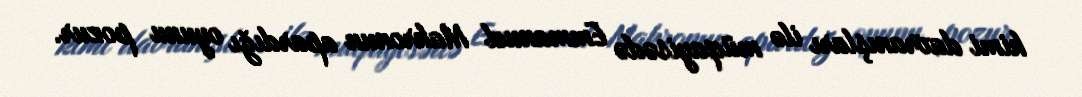
kimi davranışları ilə müqayisədə Emmanuel Makronun apardığı oyunu pozur.